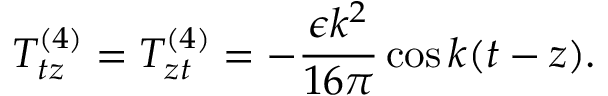
T _ { t z } ^ { ( 4 ) } = T _ { z t } ^ { ( 4 ) } = - \frac { \epsilon k ^ { 2 } } { 1 6 \pi } \cos k ( t - z ) .